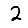
Digit: 2